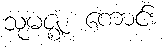
သုမဇ္ဈံ၊ ကောင်း